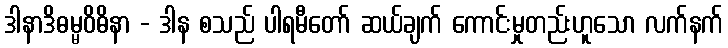
ဒါနာဒိဓမ္မဝိဓိနာ - ဒါန စသည် ပါရမီတော် ဆယ်ချက် ကောင်းမှုတည်းဟူသော လက်နက်